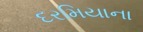
દરમિયાના